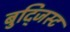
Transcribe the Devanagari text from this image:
बुद्जिस्ट